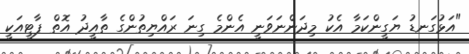
"އަޅުގަނޑު ޔަގީންކަމާ އެކު މިދަންނަވަނީ އެންމެ ގިނަ ރައްޔިތުންގެ ތާއީދު އޮތް ޕާޓީއަކީ